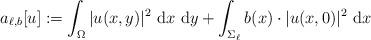
LaTeX: \begin{align*}a_{\ell,b} [u ] := \int_{\Omega} |u(x,y)|^2 \ \mathrm{d} x \ \mathrm{d} y + \int_{\Sigma_{\ell}} b(x) \cdot |u(x,0)|^2 \ \mathrm{d} x \end{align*}